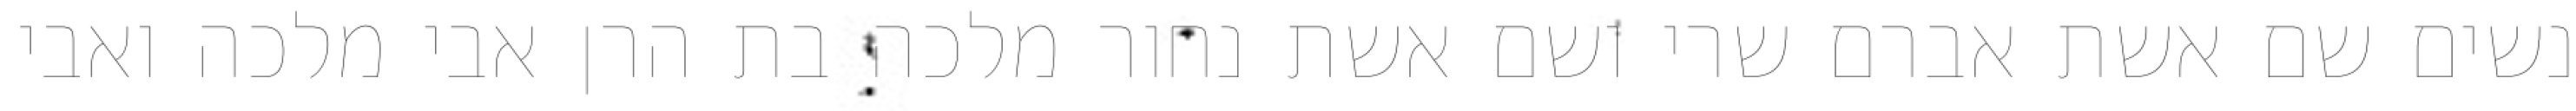
נשים שם אשת אברם שרי ושם אשת נחור מלכה בת הרן אבי מלכה ואבי